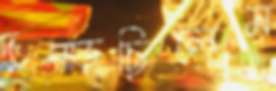
দুম্‌ড়েছিলেম